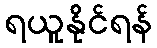
ရယူနိုင်ရန်